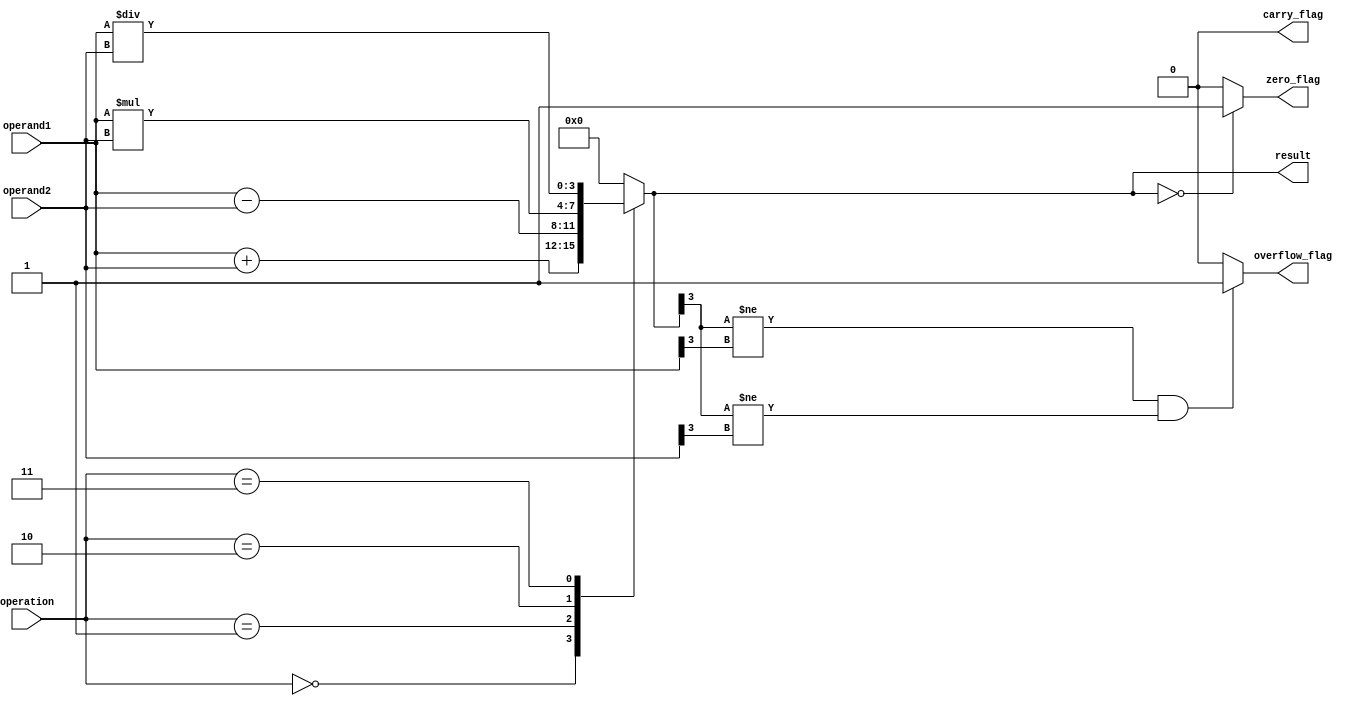
module ALU (
    input [3:0] operand1,
    input [3:0] operand2,
    input [2:0] operation,
    output [3:0] result,
    output zero_flag,
    output carry_flag,
    output overflow_flag
);

// Internal signals
reg [3:0] temp_result;
reg zero_flag, carry_flag, overflow_flag;

/* Arithmetic blocks */
always @(*)
begin
    case(operation)
        3'b000: temp_result = operand1 + operand2; // Addition
        3'b001: temp_result = operand1 - operand2; // Subtraction
        3'b010: temp_result = operand1 * operand2; // Multiplication
        3'b011: temp_result = operand1 / operand2; // Division
        // Add more arithmetic operations as needed
        default: temp_result = 4'b0000;
    endcase

    if(temp_result == 4'b0000) zero_flag = 1;
    else zero_flag = 0;

    if(temp_result[4] == 1) carry_flag = 1;
    else carry_flag = 0;

    if(temp_result[3] != operand1[3] && temp_result[3] != operand2[3]) overflow_flag = 1;
    else overflow_flag = 0;
end

assign result = temp_result;

endmodule